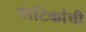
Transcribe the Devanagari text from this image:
वाटिकांची